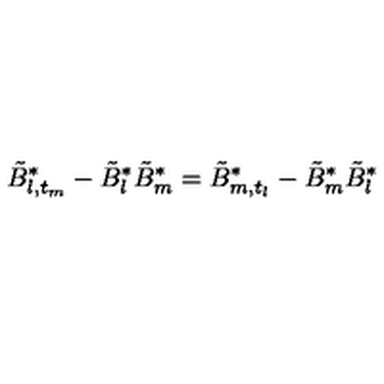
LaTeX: \tilde { B } _ { l , t _ { m } } ^ { * } - \tilde { B } _ { l } ^ { * } \tilde { B } _ { m } ^ { * } = \tilde { B } _ { m , t _ { l } } ^ { * } - \tilde { B } _ { m } ^ { * } \tilde { B } _ { l } ^ { * }